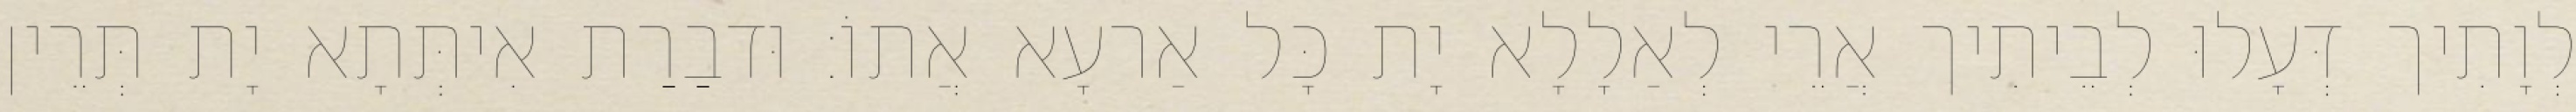
לְוָתִיך דְּעָלוּ לְבֵיתִיך אֲרֵי לְאַלָלָא יָת כָּל אַרעָא אֲתוֹ׃ וּדבַרַת אִיתְּתָא יָת תְּרֵין